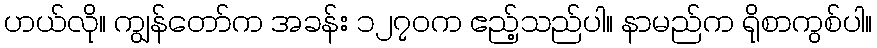
ဟယ်လို။ ကျွန်တော်က အခန်း ၁၂၇၀က ဧည့်သည်ပါ။ နာမည်က ရိုစာကွစ်ပါ။